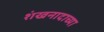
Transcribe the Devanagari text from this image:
शंखनादाच्या